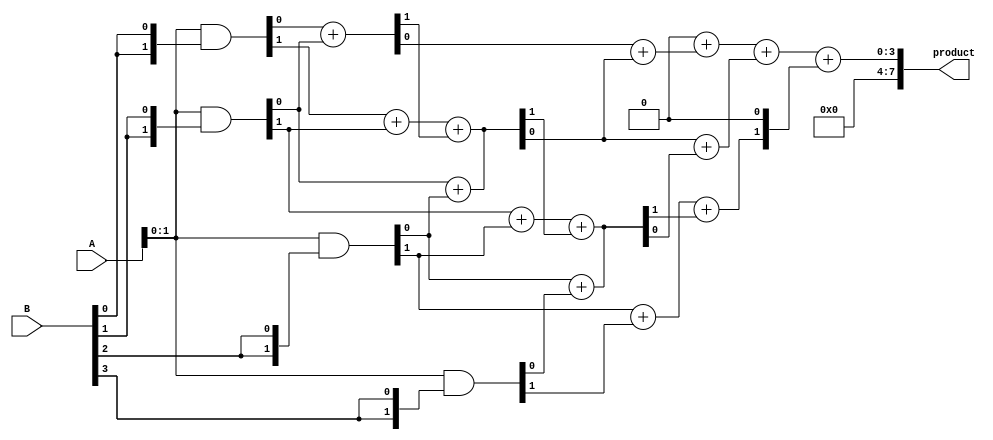
module dadda_multiplier #(parameter n = 4) (
    input [n-1:0] A,
    input [n-1:0] B,
    output reg [2*n-1:0] product
);

    // Partial product generation
    wire [n-1:0] pp [0:n-1]; // Partial products
    genvar i, j;
    generate
        for (i = 0; i < n; i = i + 1) begin : pp_gen
            assign pp[i] = A & {n{B[i]}};
        end
    endgenerate

    // Reduction tree
    wire [n-1:0] sum [0:n-1]; // Sums at each stage
    wire [n-1:0] carry [0:n-1]; // Carries at each stage

    // Stage 1: Grouping and summing
    generate
        for (i = 0; i < n-1; i = i + 1) begin : stage1
            if (i < n-1) begin
                // Half adders for the first stage
                assign {carry[0][i], sum[0][i]} = pp[i][0] + pp[i+1][0];
                assign {carry[0][i+1], sum[0][i+1]} = pp[i][1] + pp[i+1][1] + carry[0][i];
            end
        end
    endgenerate

    // Stage 2: Continue reducing
    generate
        for (i = 0; i < n-2; i = i + 1) begin : stage2
            if (i < n-2) begin
                assign {carry[1][i], sum[1][i]} = sum[0][i] + sum[0][i+1];
            end
        end
    endgenerate

    // Final stage: Sum the last two rows
    always @(*) begin
        product = 0;
        product = product + sum[1][0] + sum[1][1];
        product = product + (sum[0][n-1] << 1); // Shift for the last row
    end

endmodule